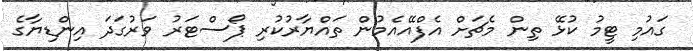
ގައުމި ޓީމު ކުޅޭ ތިން މެޗަށް އެފްއޭއެމުން ތައްޔާރުކުރި ޕޯސްޓަރު ވަރުގަދަ އިންޑިޔާގެ